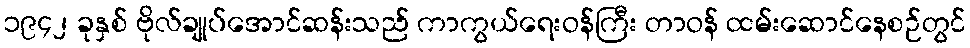
၁၉၄၂ ခုနှစ် ဗိုလ်ချုပ်အောင်ဆန်းသည် ကာကွယ်ရေးဝန်ကြီး တာဝန် ထမ်းဆောင်နေစဉ်တွင်